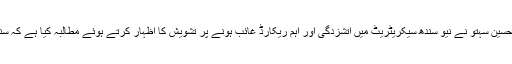
25 فروری2018ء) جماعت اسلامی سندھ کے جنرل سیکریٹری ممتاز حسین سہتو نے نیو سندھ سیکریٹریٹ میں آتشزدگی اور اہم ریکارڈ غائب ہونے پر تشویش کا اظہار کرتے ہوئے مطالبہ کیا ہے کہ سندھ سیکریٹریٹ میں آتشزدگی کا نوٹس لیکر واقعہ کی تحقیقات کی جائے۔